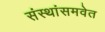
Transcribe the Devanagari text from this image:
संस्थांसमवेत